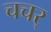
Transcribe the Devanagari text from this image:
चचर्